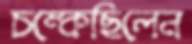
চম্‌কেছিলেন